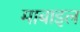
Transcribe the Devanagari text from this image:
माबाइल